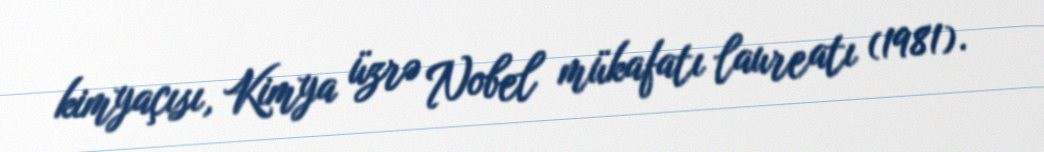
kimyaçısı, Kimya üzrə Nobel mükafatı laureatı (1981).